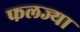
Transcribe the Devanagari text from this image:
फलज्या